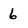
Character: 6